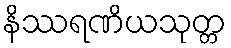
နိဿရဏိယသုတ္တ